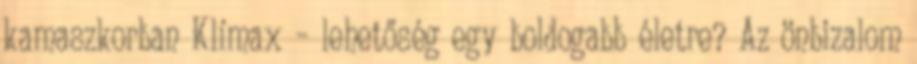
kamaszkorban Klímax – lehetőség egy boldogabb életre? Az önbizalom